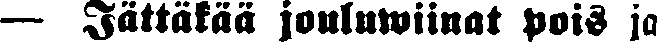
— Jättäkää jouluwiinat pois ja